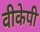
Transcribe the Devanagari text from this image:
वीकेपी